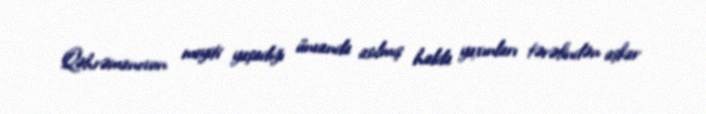
Qəhrəmanovun meyiti yaşadığı ünvanda asılmış halda yaxınları tərəfindən aşkar